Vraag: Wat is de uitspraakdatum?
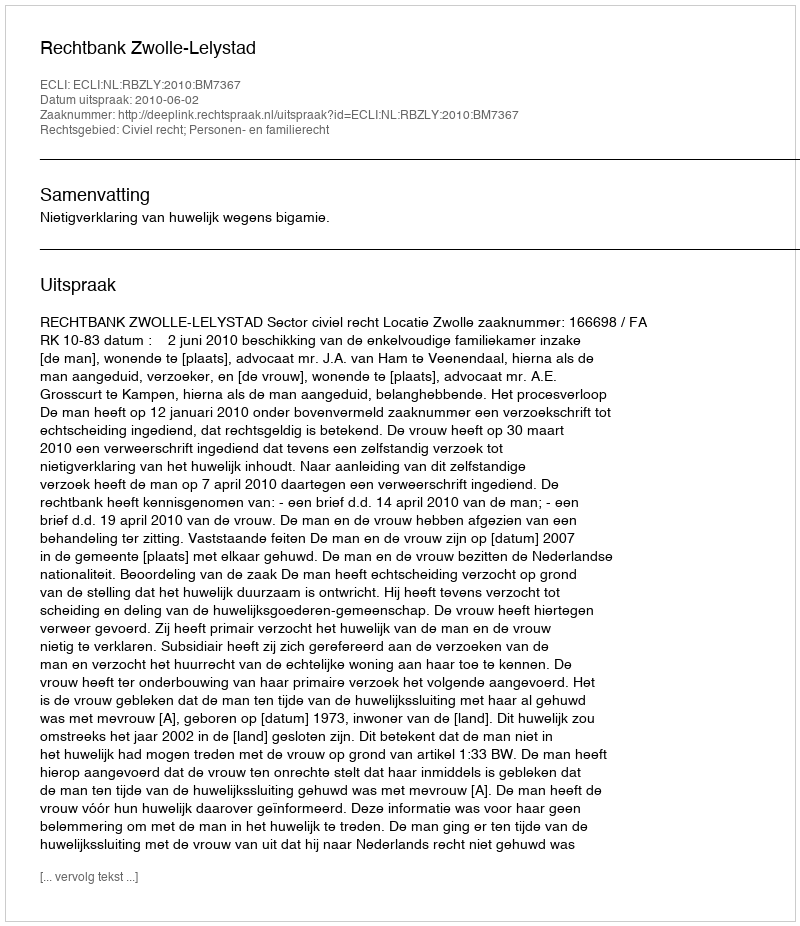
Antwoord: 2010-06-02